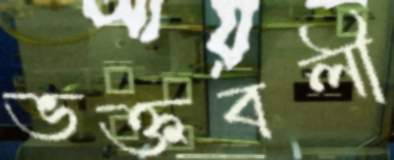
ভক্তবলী